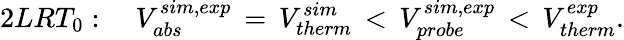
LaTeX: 2LRT_{0}:\, \, \, \, \, \, V_{abs}^{sim,exp}\, =\, V_{therm}^{sim}\, <\, V_{probe}^{sim,exp}\, <\, V_{therm}^{exp}.